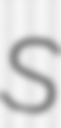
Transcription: S